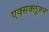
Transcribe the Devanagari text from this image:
एक्सक्लूजन